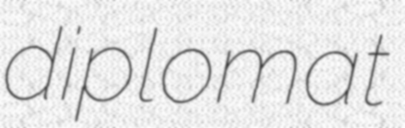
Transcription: diplomat